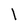
Character: l